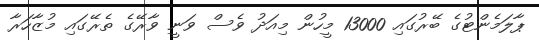
ޕާލަމެންޓުގެ ބޭރުގައި 13000 މީހުން މިއަދު ވެސް ވަނީ ވާރޭގެ ތެރޭގައި މުޒާހަރާ